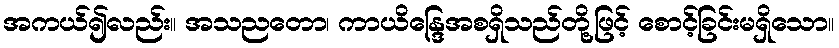
အကယ်၍လည်း။ အသညတော၊ ကာယိန္ဒြေအစရှိသည်တို့ဖြင့် စောင့်ခြင်းမရှိသော။